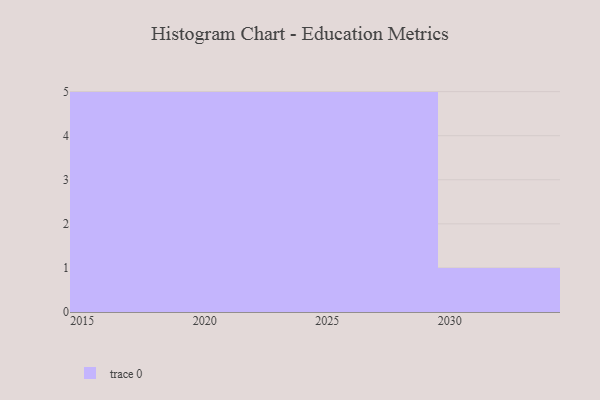
{"axis": {"x": "Year", "y": "Active Users"}, "legend": [""], "data": [{"x": "2015", "y": 26, "type": ""}, {"x": "2026", "y": 53, "type": ""}, {"x": "2030", "y": 73, "type": ""}, {"x": "2025", "y": 9, "type": ""}, {"x": "2024", "y": 49, "type": ""}, {"x": "2029", "y": 37, "type": ""}, {"x": "2028", "y": 82, "type": ""}, {"x": "2020", "y": 75, "type": ""}, {"x": "2017", "y": 50, "type": ""}, {"x": "2018", "y": 44, "type": ""}, {"x": "2022", "y": 42, "type": ""}, {"x": "2027", "y": 33, "type": ""}, {"x": "2016", "y": 9, "type": ""}, {"x": "2023", "y": 65, "type": ""}, {"x": "2021", "y": 53, "type": ""}, {"x": "2019", "y": 39, "type": ""}]}